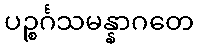
ပဉ္စင်္ဂသမန္နာဂတေ